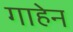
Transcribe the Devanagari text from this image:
गाहेन